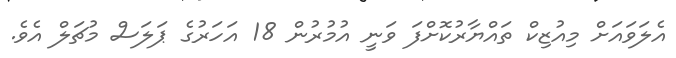
އެލަވައަށް މިއުޒިކް ތައްޔާރުކޮށްފަ ވަނީ އުމުރުން 18 އަހަރުގެ ޕަލަސް މުޗަލް އެވެ.